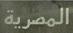
المصرية